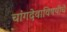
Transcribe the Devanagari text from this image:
चांगदेवाविषयीचे